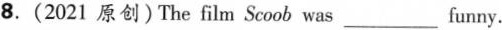
8.(2021 原创)The film Scoob was___ funny.